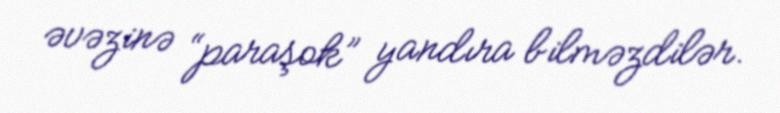
əvəzinə “paraşok” yandıra bilməzdilər.